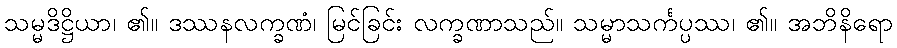
သမ္မဒိဋ္ဌိယာ၊ ၏။ ဒဿနလက္ခဏံ၊ မြင်ခြင်း လက္ခဏာသည်။ သမ္မာသင်္ကပ္ပဿ၊ ၏။ အဘိနိရော